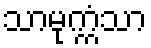
သာမုက္ကံသာ